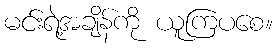
မင်းရဲ့အချိန်ကို ယူကြပစေ။